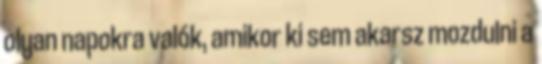
olyan napokra valók, amikor ki sem akarsz mozdulni a